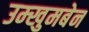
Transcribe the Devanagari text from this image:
उम्खुमबेन